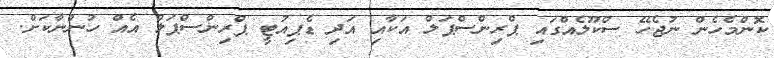
ކޮންމެހެން ނުޖެހޭ ސްކޫލެއްގައި ޕްރިންސްޕަލް އަކާއި އަދި ޑެޕިއުޓީ ޕްރިންސްޕަލް އެއް ހުންނާކަށް.